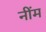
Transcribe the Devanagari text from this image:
नींम